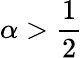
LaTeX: \alpha>{\frac{1}{2}}